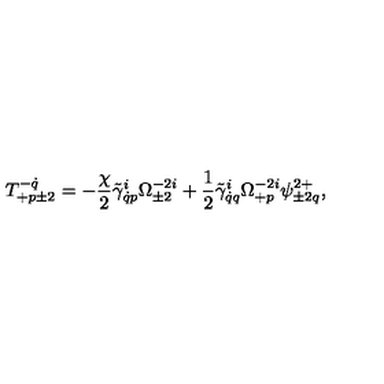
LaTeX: T _ { + p \pm 2 } ^ { - \dot { q } } = - \frac { \chi } { 2 } \tilde { \gamma } _ { \dot { q } p } ^ { i } \Omega _ { \pm 2 } ^ { - 2 i } + \frac 1 2 \tilde { \gamma } _ { \dot { q } q } ^ { i } \Omega _ { + p } ^ { - 2 i } \psi _ { \pm 2 q } ^ { 2 + } ,